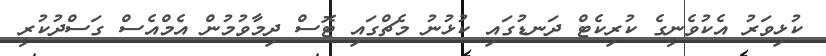
ކުޅިވަރު އެކުވެނީގެ ކުރިކެޓް ދަނޑުގައި ކުޅުނު މެޗްގައި ޓޮސް ދިމާވުމުން އެމްއެސް ގަސްދުކުރީ